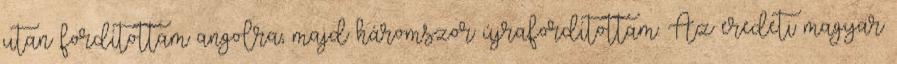
utan fordítottam angolra, majd háromszor újrafordítottam. Az eredeti magyar